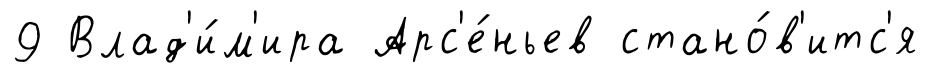
9 Влад'и́м'ира Арс'е́ньев стано́в'итс'я